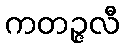
ကတဉ္ဇလီ